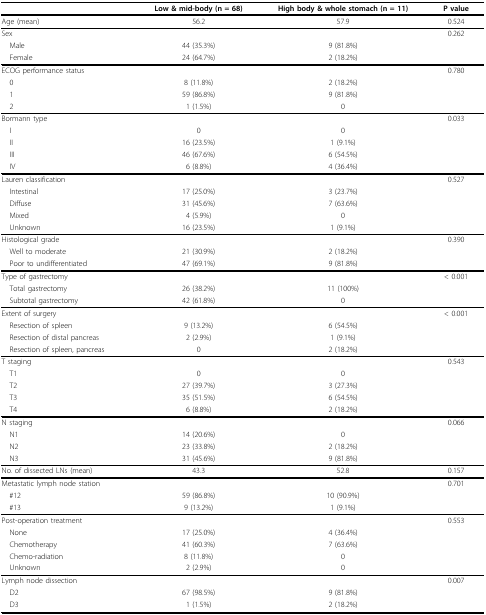
<table><thead><tr><td></td><td><b>Low &amp; mid-body (n = 68)</b></td><td><b>High body &amp; whole stomach (n = 11)</b></td><td><b>P value</b></td></tr></thead><tbody><tr><td>Age (mean)</td><td>56.2</td><td>57.9</td><td>0.524</td></tr><tr><td>Sex</td><td></td><td></td><td>0.262</td></tr><tr><td> Male</td><td>44 (35.3%)</td><td>9 (81.8%)</td><td></td></tr><tr><td> Female</td><td>24 (64.7%)</td><td>2 (18.2%)</td><td></td></tr><tr><td>ECOG performance status</td><td></td><td></td><td>0.780</td></tr><tr><td> 0</td><td>8 (11.8%)</td><td>2 (18.2%)</td><td></td></tr><tr><td> 1</td><td>59 (86.8%)</td><td>9 (81.8%)</td><td></td></tr><tr><td> 2</td><td>1 (1.5%)</td><td>0</td><td></td></tr><tr><td>Bormann type</td><td></td><td></td><td>0.033</td></tr><tr><td> I</td><td>0</td><td>0</td><td></td></tr><tr><td> II</td><td>16 (23.5%)</td><td>1 (9.1%)</td><td></td></tr><tr><td> III</td><td>46 (67.6%)</td><td>6 (54.5%)</td><td></td></tr><tr><td> IV</td><td>6 (8.8%)</td><td>4 (36.4%)</td><td></td></tr><tr><td>Lauren classification</td><td></td><td></td><td>0.527</td></tr><tr><td> Intestinal</td><td>17 (25.0%)</td><td>3 (23.7%)</td><td></td></tr><tr><td> Diffuse</td><td>31 (45.6%)</td><td>7 (63.6%)</td><td></td></tr><tr><td> Mixed</td><td>4 (5.9%)</td><td>0</td><td></td></tr><tr><td> Unknown</td><td>16 (23.5%)</td><td>1 (9.1%)</td><td></td></tr><tr><td>Histological grade</td><td></td><td></td><td>0.390</td></tr><tr><td> Well to moderate</td><td>21 (30.9%)</td><td>2 (18.2%)</td><td></td></tr><tr><td> Poor to undifferentiated</td><td>47 (69.1%)</td><td>9 (81.8%)</td><td></td></tr><tr><td>Type of gastrectomy</td><td></td><td></td><td>&lt; 0.001</td></tr><tr><td> Total gastrectomy</td><td>26 (38.2%)</td><td>11 (100%)</td><td></td></tr><tr><td> Subtotal gastrectomy</td><td>42 (61.8%)</td><td>0</td><td></td></tr><tr><td>Extent of surgery</td><td></td><td></td><td>&lt; 0.001</td></tr><tr><td> Resection of spleen</td><td>9 (13.2%)</td><td>6 (54.5%)</td><td></td></tr><tr><td> Resection of distal pancreas</td><td>2 (2.9%)</td><td>1 (9.1%)</td><td></td></tr><tr><td> Resection of spleen, pancreas</td><td>0</td><td>2 (18.2%)</td><td></td></tr><tr><td>T staging</td><td></td><td></td><td>0.543</td></tr><tr><td> T1</td><td>0</td><td>0</td><td></td></tr><tr><td> T2</td><td>27 (39.7%)</td><td>3 (27.3%)</td><td></td></tr><tr><td> T3</td><td>35 (51.5%)</td><td>6 (54.5%)</td><td></td></tr><tr><td> T4</td><td>6 (8.8%)</td><td>2 (18.2%)</td><td></td></tr><tr><td>N staging</td><td></td><td></td><td>0.066</td></tr><tr><td> N1</td><td>14 (20.6%)</td><td>0</td><td></td></tr><tr><td> N2</td><td>23 (33.8%)</td><td>2 (18.2%)</td><td></td></tr><tr><td> N3</td><td>31 (45.6%)</td><td>9 (81.8%)</td><td></td></tr><tr><td>No. of dissected LNs (mean)</td><td>43.3</td><td>52.8</td><td>0.157</td></tr><tr><td>Metastatic lymph node station</td><td></td><td></td><td>0.701</td></tr><tr><td> #12</td><td>59 (86.8%)</td><td>10 (90.9%)</td><td></td></tr><tr><td> #13</td><td>9 (13.2%)</td><td>1 (9.1%)</td><td></td></tr><tr><td>Post-operation treatment</td><td></td><td></td><td>0.553</td></tr><tr><td> None</td><td>17 (25.0%)</td><td>4 (36.4%)</td><td></td></tr><tr><td> Chemotherapy</td><td>41 (60.3%)</td><td>7 (63.6%)</td><td></td></tr><tr><td> Chemo-radiation</td><td>8 (11.8%)</td><td>0</td><td></td></tr><tr><td> Unknown</td><td>2 (2.9%)</td><td>0</td><td></td></tr><tr><td>Lymph node dissection</td><td></td><td></td><td>0.007</td></tr><tr><td> D2</td><td>67 (98.5%)</td><td>9 (81.8%)</td><td></td></tr><tr><td> D3</td><td>1 (1.5%)</td><td>2 (18.2%)</td><td></td></tr></tbody></table>